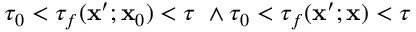
\tau _ { 0 } < \tau _ { f } ( \mathbf { x } ^ { \prime } ; \mathbf { x } _ { 0 } ) < \tau ~ \land \tau _ { 0 } < \tau _ { f } ( \mathbf { x } ^ { \prime } ; \mathbf { x } ) < \tau